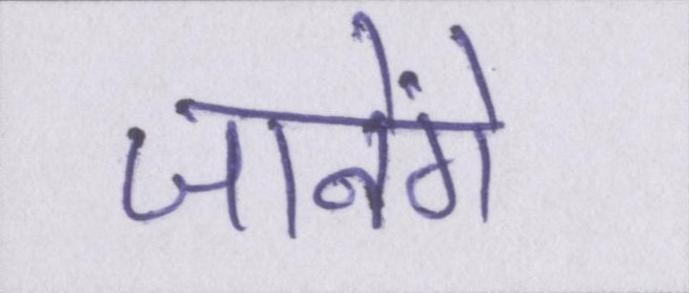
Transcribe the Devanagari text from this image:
जानेंगे